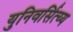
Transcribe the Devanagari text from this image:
युनिवर्सित्य्य